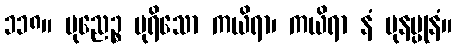
၁၁၈။ ပုညေဉ္စ ပုရိသော ကယိရာ၊ ကယိရာ နံ ပုနပ္ပုနံ။